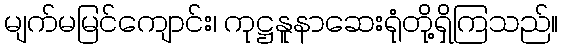
မျက်မမြင်ကျောင်း၊ ကုဋ္ဌနူနာဆေးရုံတို့ရှိကြသည်။